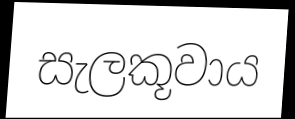
සැලකූවාය